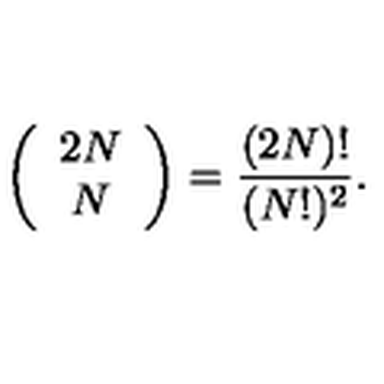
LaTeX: \left( \begin{array} { c } { 2 N } \\ { N } \\ \end{array} \right) = \frac { ( 2 N ) ! } { ( N ! ) ^ { 2 } } .